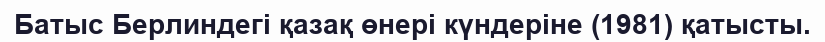
Батыс Берлиндегі қазақ өнері күндеріне (1981) қатысты.